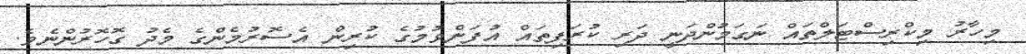
މިހާރު މިކްރިސްޓަލްތައް ނަގަމުންދަނީ ދަރި ކުރަފިތައް އުފަންވުމުގެ ކުރިން އެސޮރުމެންގެ މެދު ގޮހޮރުންނެވެ.